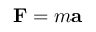
\mathbf { F } = m \mathbf { a }